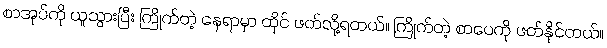
စာအုပ်ကို ယူသွားပြီး ကြိုက်တဲ့ နေရာမှာ ထိုင် ဖတ်လို့ရတယ်။ ကြိုက်တဲ့ စာပေကို ဖတ်နိုင်တယ်။